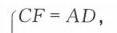
\(CF = AD\)